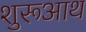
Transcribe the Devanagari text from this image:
शुरूआथ